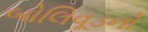
બોલિવૂડનો